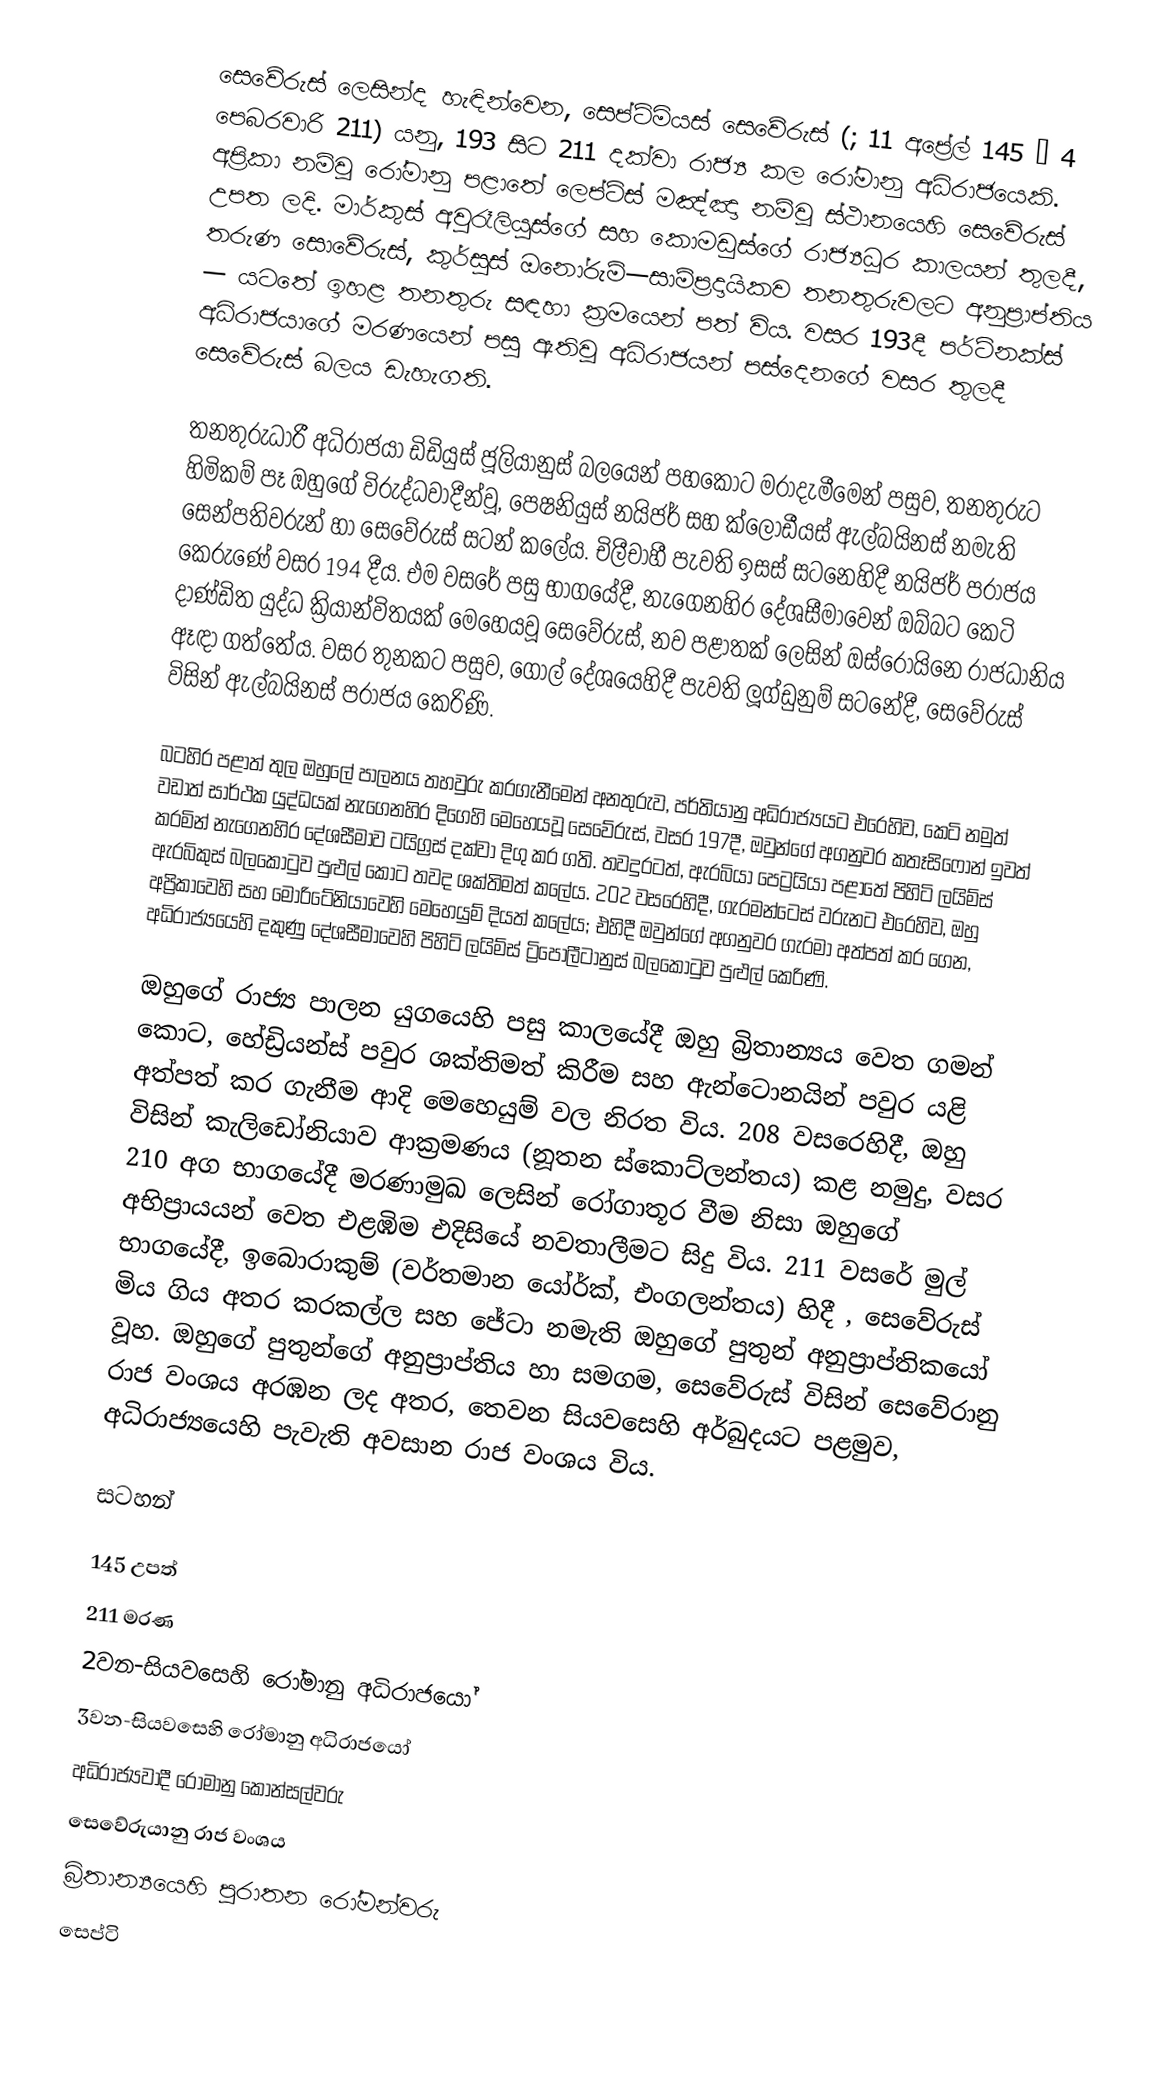
සෙවේරුස් ලෙසින්ද හැඳින්වෙන, සෙප්ටිමියස් සෙවේරුස් (; 11 අප්‍රේල් 145 – 4 පෙබරවාරි 211) යනු, 193 සිට 211 දක්වා රාජ්‍ය කල රෝමානු අධිරාජයෙකි. අප්‍රිකා නම්වූ රෝමානු පළාතේ ලෙප්ටිස් මඤ්ඤා නම්වූ ස්ථානයෙහි සෙවේරුස් උපත ලදි.   මාර්කුස් අවුරෑලියුස්ගේ සහ  කොමඩුස්ගේ රාජ්‍යධූර කාලයන් තුලදී, තරුණ සොවේරුස්, කුර්සුස් ඔනෝරුම්—සාම්ප්‍රදායිකව තනතුරුවලට අනුප්‍රාප්තිය — යටතේ ඉහළ තනතුරු සඳහා ක්‍රමයෙන් පත් විය. වසර 193දී පර්ටිනක්ස් අධිරාජයාගේ මරණයෙන් පසු ඇතිවූ අධිරාජයන් පස්දෙනගේ වසර තුලදී සෙවේරුස් බලය ඩැහැගති.

තනතුරුධාරී අධිරාජයා ඩිඩියුස් ජූලියානුස් බලයෙන් පහකොට මරාදැමීමෙන් පසුව, තනතුරුට හිමිකම් පෑ ඔහුගේ විරුද්ධවාදීන්වූ, පෙෂනියුස් නයිජර් සහ ක්ලොඩීයස් ඇල්බයිනස් නමැති සෙන්පතිවරුන් හා සෙවේරුස් සටන් කලේය. චිලීචාහී පැවති ඉසස් සටනෙහිදී  නයිජර් පරාජය කෙරුණේ වසර 194 දීය. එම වසරේ පසු භාගයේදී, නැගෙනහිර දේශසීමාවෙන් ඔබ්බට කෙටි දාණ්ඩිත යුද්ධ ක්‍රියාන්විතයක් මෙහෙයවූ සෙවේරුස්, නව පළාතක් ලෙසින්  ඔස්රොයිනෙ රාජධානිය ඈඳා ගත්තේය. වසර තුනකට පසුව, ගොල් දේශයෙහිදී පැවති  ලූග්ඩුනුම් සටනේදී,  සෙවේරුස් විසින් ඇල්බයිනස් පරාජය කෙරිණි.

බටහිර පළාත් තුල ඔහුලේ පාලනය තහවුරු කරගැනීමෙන් අනතුරුව, පර්තියානු අධිරාජ්‍යයට එරෙහිව, කෙටි නමුත් වඩාත් සාර්ථක යුද්ධයක් නැගෙනහිර දිගෙහි මෙහෙයවූ සෙවේරුස්, වසර 197දී, ඔවුන්ගේ අගනුවර කතෑසිෆොන් ඉවත් කරමින් නැගෙනහිර දේශසීමාව  ටයිග්‍රස් දක්වා දිගු කර ගති. තවදුරටත්, ඇරබියා පෙට්‍රයියා පළාතේ පිහිටි ලයිම්ස් ඇරබිකුස් බලකොටුව පුළුල් කොට තවද ශක්තිමත් කලේය. 202 වසරෙහිදී, ගැරමන්ටෙස් වරුනට එරෙහිව, ඔහු අප්‍රිකාවෙහි සහ මොරිටේනියාවෙහි මෙහෙයුම් දියත් කලේය; එහිදී ඔවුන්ගේ අගනුවර ගැරමා අත්පත් කර ගෙන, අධිරාජ්‍යයෙහි දකුණු දේශසීමාවෙහි පිහිටි  ලයිම්ස් ට්‍රිපෝලීටානුස්  බලකොටුව පුළුල් කෙරිණි.

ඔහුගේ රාජ්‍ය පාලන යුගයෙහි පසු කාලයේදී ඔහු බ්‍රිතාන්‍යය වෙත  ගමන් කොට, හේඩ්‍රියන්ස්  පවුර ශක්තිමත් කිරීම සහ ඇන්ටොනයින් පවුර යළි අත්පත් කර ගැනීම ආදි මෙහෙයුම් වල නිරත විය. 208 වසරෙහිදී, ඔහු විසින්  කැලිඩෝනියාව ආක්‍රමණය (නූතන ස්කොට්ලන්තය) කළ නමුදු, වසර 210 අග භාගයේදී මරණාමුඛ ලෙසින් රෝගාතූර වීම නිසා ඔහුගේ අභිප්‍රායයන් වෙත එළඹිම එදිසියේ නවතාලීමට සිදු විය. 211 වසරේ මුල් භාගයේදී,  ඉබොරාකුම් (වර්තමාන යෝර්ක්, එංගලන්තය) හිදී , සෙවේරුස් මිය ගිය අතර  කරකල්ල සහ  ජේටා නමැති ඔහුගේ පුතුන් අනුප්‍රාප්තිකයෝ වූහ. ඔහුගේ පුතුන්ගේ අනුප්‍රාප්තිය හා සමගම, සෙවේරුස් විසින්  සෙවේරානු රාජ වංශය අරඹන ලද අතර,  තෙවන සියවසෙහි අර්බුදයට පළමුව, අධිරාජ්‍යයෙහි පැවැති අවසාන රාජ වංශය විය.

සටහන්

145 උපත්
211 මරණ
2වන-සියවසෙහි රෝමානු අධිරාජයෝ
3වන-සියවසෙහි රෝමානු අධිරාජයෝ
අධිරාජ්‍යවාදී රෝමානු කොන්සල්වරු
සෙවේරුයානු රාජ වංශය
බ්‍රිතාන්‍යයෙහි පුරාතන රෝමන්වරු
සෙප්ටි